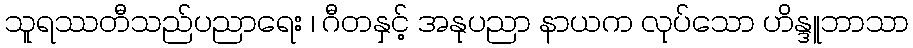
သူရဿတီသည်ပညာရေး ၊ ဂီတနှင့် အနုပညာ နာယက လုပ်သော ဟိန္ဒူဘာသာ